King Institute of Preventive Medicine Micro-Biological Section reports 1909-11
Year: 1909
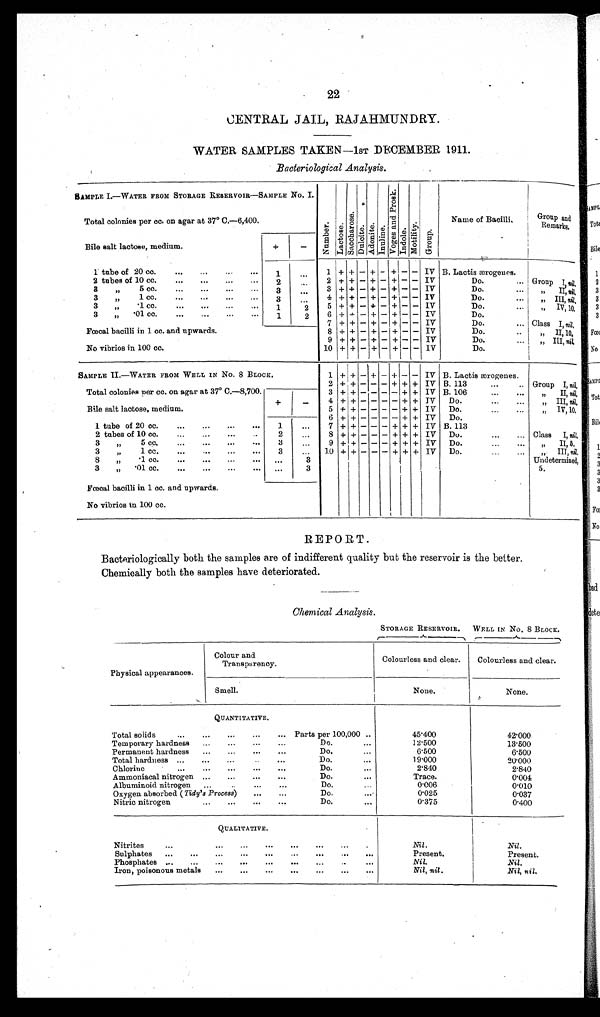
22
CENTRAL JAIL, RAJAHMUNDRY.
WATER SAMPLES TAKEN —1ST DECEMBER 1911.
Bacteriological Analysis.
SAMPLE I.—WATER FROM STORAGE RESERVOIR—SAMPLE No. I. Number.Lact ose.Sacchar os e.
Du l c i t e .
Adoni t e.Inuline. Vo g e s a n d P r o s k . Indole.Motility.Group.
Name of Bacilli.
Group and
Remarks.
Total colonies per cc on agar at 37° C.—6,400.
Bile salt lactose, medium.
+
−
1 tube of 20 cc.
1
1
+ +
−
+
−
+
− −
IV B. Lactis ærogeues.
2 tubes of 10 cc...
2
2 + + − + − + − − IV
Do.
Group I, nil.
3 „ 5 cc.
3
3 + +
− + −
+
− −− IV
Do.
,, II, nil.
3 „ 1 cc.
3
4 + + − + −
+
− − IV
Do.
„ III, nil.
3 „ .1 cc.
1
2
5 + + − + − + − − IV
Do.
„ IV,10.
3 „ .01 cc.
1
2
6 +
+
− + − + − − IV
Do.
Fœcal bacilli in 1 cc. and upwards.
7 + + − + −
+
− − IV
Class I, n i l .
8 + + − + − + − − IV
Do.
„ II, 10.
No vibrios in 100 cc.
9 + + − + − + − − IV
Do.
„ III, nil.
10 + + − + − + − − IV
Do.
SAMPLE II—WATER FROM WELL IN NO. 8 BLOCK.
1
+
−
+
−
+
− −
I V
B. Lactis ærogenes.
Total colonies per cc. on agar at 37° C. −8,700.
2 + + − − − + + + IV B. 113
Group I, nil.
3 + + − − − − + + IV B. 106
„ II, nil.
Bile salt lactose, medium.
+
−
4
+
− − − −
+
+ IV
Do.
„ III, nil.
5 + + − − − − + + IV
Do.
„ IV, 10.
1 tube of 20 cc.
1
6
+
− − − −
+ +
IV
Do.
2 tubes of 10 cc.
2
7 + + − − − + + + IV
B. 113
Class I, nil.
3 „ 5 cc.
3
8
+ +
− − −
+ +
++ IV
Do.
„ II, 5.
3 „ 1 cc.
3
9 + + − − − + + + IV
Do.
„ III, nil.
3 „ .1 cc.
3
1 0
+
+
− − −
+ + +
Do.
Undetermined,
3 „ .01 cc.
3
5.
Fœcal bacilli in 1 cc. and upwards.
No vibrios in 100 cc.
REPORT.
Bacteriologically both the samples are of indifferent quality but the reservoir is the better.
Chemically both the samples have deteriorated.
Chemical Analysis.
STORAGE RESERVOIR.
WELL IN No. 8 BLOCK.
Physical appearances.
Colour and
Transparency.
Colourless and clear.
Colourless and clear.
Smell
None.
None.
QUANTITATIVE. ITATIVE.
Total solids
Parts per 100,000
45.400
42.000
Temporary hardness
Do.
12.500
13.500
Permanent hardness
Do.
6.500
6.500
Total hardness
Do.
19.000
20.000
Chlorine
Do.
2.840
2.840
Ammoniacal nitrogen
Do.
Trace.
0.004
Albuminoid nitrogen
Do.
0.006
0.010
Oxygen absorbed ( Tidy's Process)
Do.
0.025
0.037
Nitric nitrogen
Do.
0.375
0.400
QUALITATIVE.
Nitrites.
Nil .
Nil .
Sulphates
Present.
Present.
Phosphates
Nil.
Nil .
Iron, poisonous metals
Nil, nil .
Nil, nil.